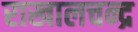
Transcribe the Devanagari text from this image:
राखालचन्द्र